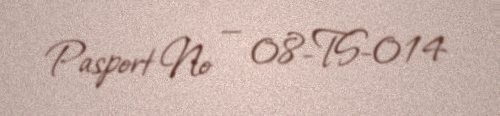
Pasport № — 08-TS-014